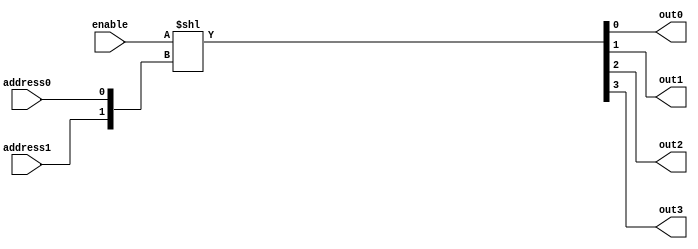
//define gates with delays
`define AND and #50
`define OR or #50
`define NOT not #50
`define NOR nor #50
`define NAND nand #50
`define XOR xor #50
// Decoder circuit

module behavioralDecoder
(
    output out0, out1, out2, out3,
    input address0, address1,
    input enable
);
    // Uses concatenation and shift operators
    assign {out3,out2,out1,out0}=enable<<{address1,address0};
endmodule


module structuralDecoder
(
    output out0, out1, out2, out3,
    input address0, address1,
    input enable
);
    // Your decoder code here
    wire address0norAddress1;
    wire address0andAddress1;
    wire nAddress0andAddress1;
    wire address0andnAddress1;

    wire nAddress1;
    wire nAddress0;

    `NOT notA1(nAddress1, address1);
    `NOT notA0(nAddress0, address0);
    `NOR nor0(address0norAddress1, address0, address1);
    `AND and1(address0andnAddress1, address0, nAddress1);
    `AND and2(nAddress0andAddress1, nAddress0, address1);
    `AND and3(address0andAddress1, address0, address1);

    `AND enable0(out0, enable, address0norAddress1);
    `AND enable1(out1, enable, address0andnAddress1);
    `AND enable2(out2, enable, nAddress0andAddress1);
    `AND enable3(out3, enable, address0andAddress1);
endmodule